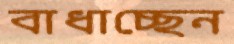
বাধাচ্ছেন